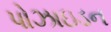
પોઝાઇડન